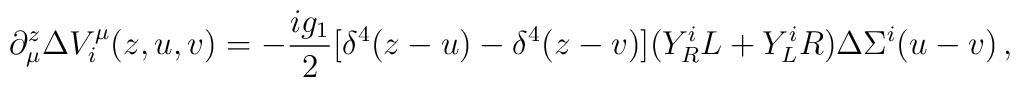
\partial_\mu^z\Delta V_i^\mu(z,u,v)=-\frac{ig_1}{2}[\delta^4(z-u)-\delta^4(z-v)](Y_R^iL+Y_L^iR)\Delta\Sigma^i(u-v)\, ,